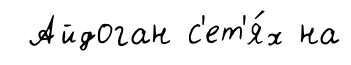
Айдоган с'ет'я́х на